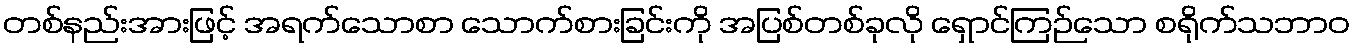
တစ်နည်းအားဖြင့် အရက်သောစာ သောက်စားခြင်းကို အပြစ်တစ်ခုလို ရှောင်ကြဉ်သော စရိုက်သဘာဝ